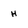
Character: h